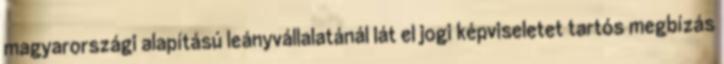
magyarországi alapítású leányvállalatánál lát el jogi képviseletet tartós megbízás